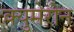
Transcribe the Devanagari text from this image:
क्युमेरोन